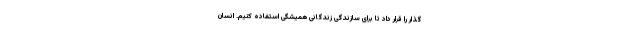
گذار را قرار داد تا برای سازندگی زندگانی همیشگی استفاده کنیم. انسان